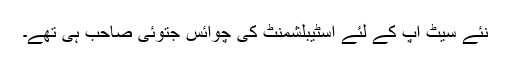
نئے سیٹ اپ کے لئے اسٹیبلشمنٹ کی چوائس جتوئی صاحب ہی تھے۔